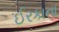
ઈરકાના